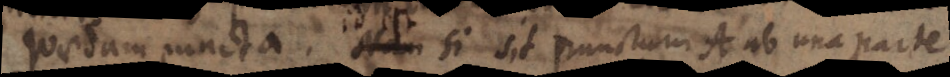
quaedam puncta. Nam si sit punctum A ab una parte